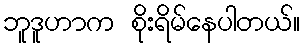
ဘူဒူဟာက စိုးရိမ်နေပါတယ်။